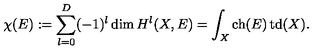
\chi ( E ) : = \sum _ { l = 0 } ^ { D } ( - 1 ) ^ { l } \dim { H } ^ { l } ( X , E ) = \int _ { X } \mathop { \mathrm { c h } } ( E ) \mathop { \mathrm { t d } } ( X ) .